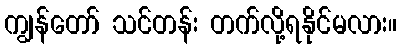
ကျွန်တော် သင်တန်း တက်လို့ရနိုင်မလား။